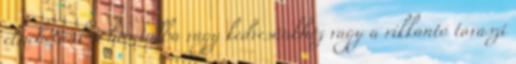
elmehetünk a hivatalba vagy kedvesünkhöz vagy a rikkantó tavaszi